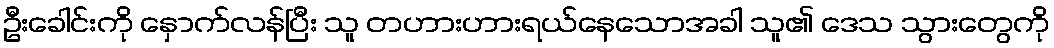
ဦးခေါင်းကို နှောက်လန်ပြီး သူ တဟားဟားရယ်နေသောအခါ သူ၏ ဒေသ သွားတွေကို